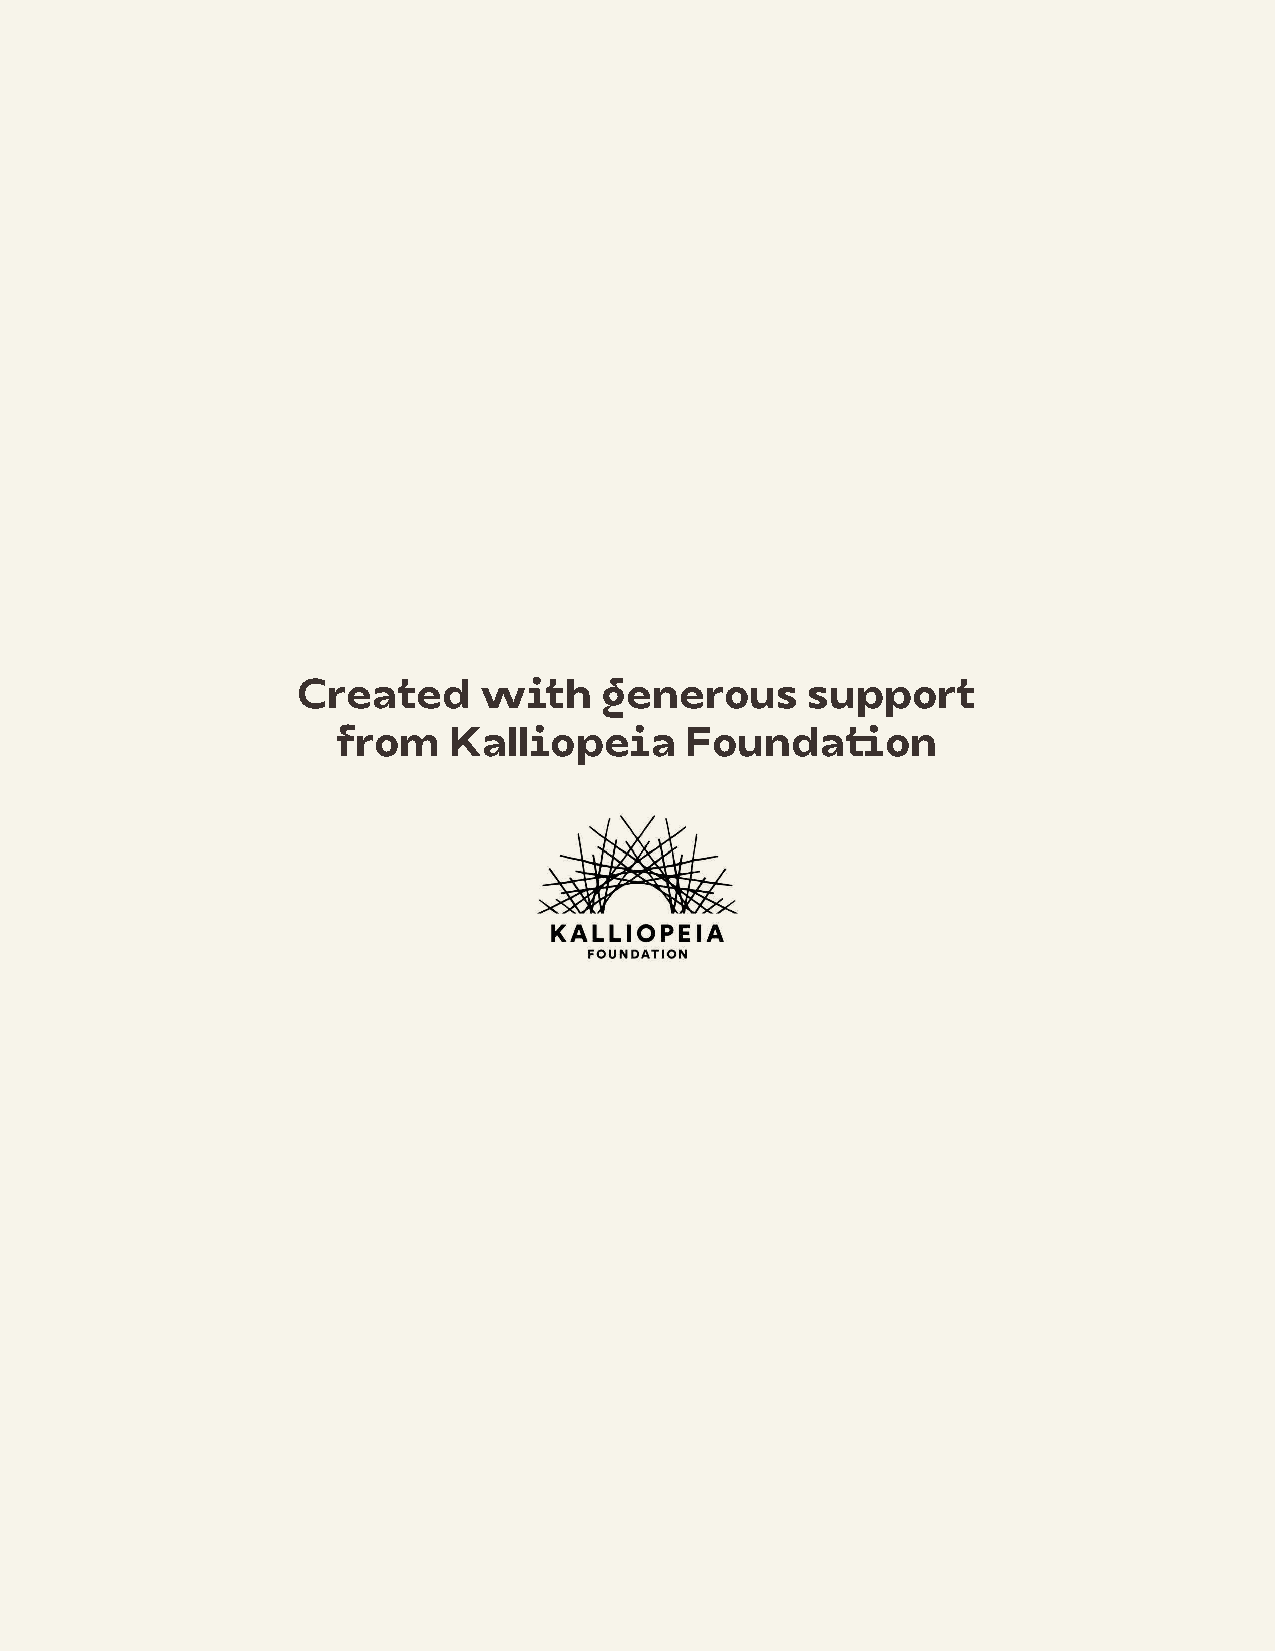
Created     with    generous     support
 from    Kalliopeia     Foundation